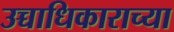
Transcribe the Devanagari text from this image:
उच्चाधिकाराच्या